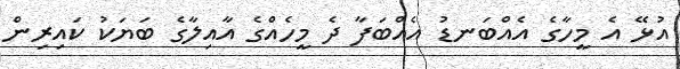
އުޅޭ އެ މީހާގެ އެއްބަނޑު އެއްބަފާ ދެ މީހެއްގެ އާއިލާގެ ބަޔަކު ކައިރިން